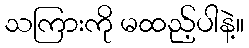
သကြားကို မထည့်ပါနဲ့။